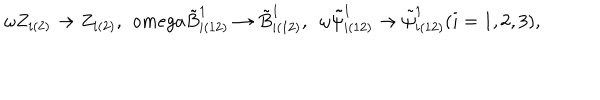
LaTeX: \omega Z _ { i ( 2 ) } \rightarrow Z _ { i ( 2 ) } , \ \, o m e g a \tilde { B } _ { i ( 1 2 ) } ^ { 1 } \rightarrow \tilde { B } _ { i ( 1 2 ) } ^ { 1 } , \ \ \omega \tilde { \psi } _ { i ( 1 2 ) } ^ { 1 } \rightarrow \tilde { \psi } _ { i ( 1 2 ) } ^ { 1 } ( i = 1 , 2 , 3 ) ,